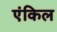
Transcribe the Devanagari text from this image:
एंकिल